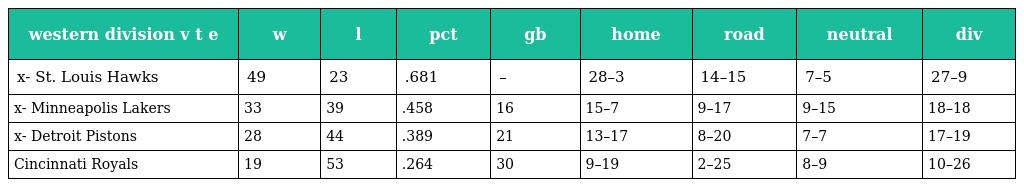
| western division v t e | w | l | pct | gb | home | road | neutral | div |
 | --- | --- | --- | --- | --- | --- | --- | --- | --- |
 | x- St. Louis Hawks | 49 | 23 | .681 | – | 28–3 | 14–15 | 7–5 | 27–9 |
 | x- Minneapolis Lakers | 33 | 39 | .458 | 16 | 15–7 | 9–17 | 9–15 | 18–18 |
 | x- Detroit Pistons | 28 | 44 | .389 | 21 | 13–17 | 8–20 | 7–7 | 17–19 |
 | Cincinnati Royals | 19 | 53 | .264 | 30 | 9–19 | 2–25 | 8–9 | 10–26 |